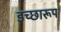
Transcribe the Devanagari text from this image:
इच्छारूप